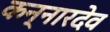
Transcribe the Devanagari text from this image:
कन्नारदेव